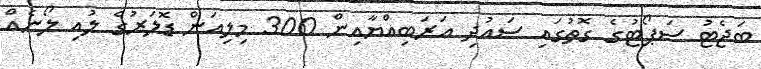
ބަޖެޓު ސަޕޯޓުގެ ގޮތުގައި ސައުދި އަރަބިއްޔާއިން 300 މިލިއަން ޑޮލަރުގެ ލުއި ލޯނެއް